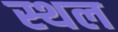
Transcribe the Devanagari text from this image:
स्थल